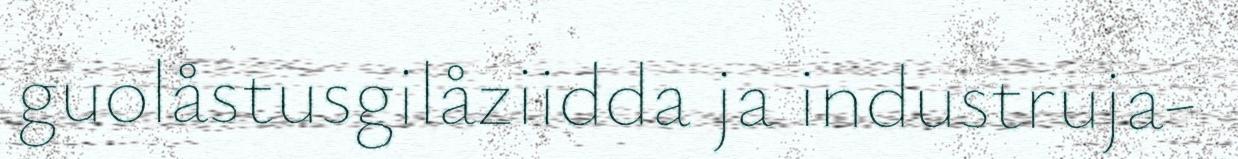
guolåstusgilåziidda ja industruja-